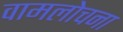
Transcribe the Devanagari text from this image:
वामलोचना